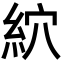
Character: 䋉